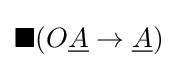
\blacksquare (O{\underline {A}}\to {\underline {A}})